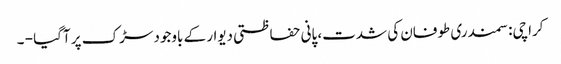
کراچی: سمندری طوفان کی شدت، پانی حفاظتی دیوار کے باوجود سڑک پر آگیا - ۔